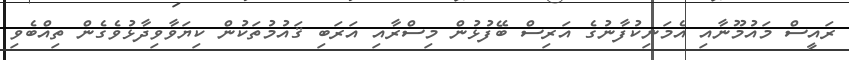
ރައީސް މައުމޫނާއި އެމަނިކުފާނުގެ އަރިސް ބޭފުޅުން މިސްރާއި އަރަބި ޤައުމުތަކުން ކިޔަވާވިދާޅުވެގެން ތިއްބެވި